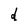
Character: d